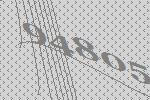
94805